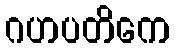
ဂဟပတိကေ